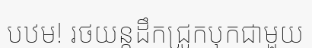
បឋម! រថយន្តដឹកជ្រូកបុកជាមួយ